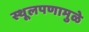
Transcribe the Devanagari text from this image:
स्थूलपणामुळे